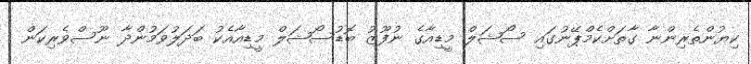
ކިޔުންތެރިންނާ ގާތަށްކެމްޕޭނުގައި ސޯޝަލް މީޑިއާގެ ނުފޫޒު ބޮޑުސޯޝަލް މީޑިއާއެކު ބަދަލުވަމުންދާ ނޫސްވެރިކަން